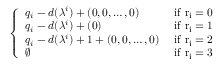
\left\{ \begin{array} { l l } { q _ { i } - d ( \lambda ^ { i } ) + ( 0 , 0 , \dots , 0 ) } & { \mathrm { ~ i f ~ r _ i = 0 ~ } } \\ { q _ { i } - d ( \lambda ^ { i } ) + ( 0 ) } & { \mathrm { ~ i f ~ r _ i = 1 ~ } } \\ { q _ { i } - d ( \lambda ^ { i } ) + 1 + ( 0 , 0 , \dots , 0 ) } & { \mathrm { ~ i f ~ r _ i = 2 ~ } } \\ { \emptyset } & { \mathrm { ~ i f ~ r _ i = 3 ~ } } \end{array} \right.